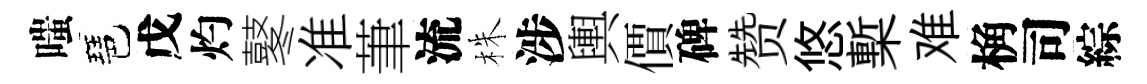
嗤琶戊灼鼕准茟流株涉輿價碑赞悠槧难桷司綜